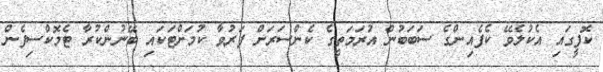
ކޮފީގައި އެކުލެވޭ ކެފެއިންގެ ސަބަބުން އުރަމަތީގެ ކެންސަރަށް ފަރުވާ ކުމަށްޓަކައި ބޭނުންކުރާ ޓެމޮކްސިފެން